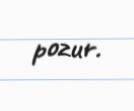
pozur.